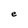
Character: e